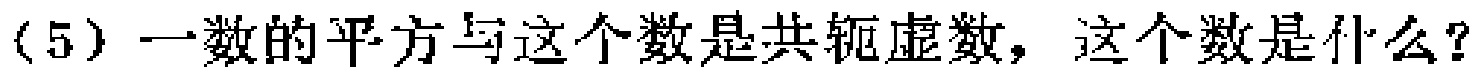
(5) 一数的平方与这个数是共轭虚数，这个数是什么？